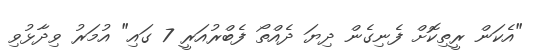
"އެކަން ރީތިކޮށް ފެނިގެން ދިޔަ ދެއްތޯ ފެބްރުއަރީ 7 ގައި" އުމަރު ވިދާޅުވި